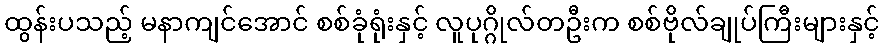
ထွန်းပသည့် မနာကျင်အောင် စစ်ခုံရုံးနှင့် လူပုဂ္ဂိုလ်တဦးက စစ်ဗိုလ်ချုပ်ကြီးများနှင့်